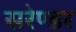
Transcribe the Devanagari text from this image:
सरेण्डर